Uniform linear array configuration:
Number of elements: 32
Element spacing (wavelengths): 1
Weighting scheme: binomial
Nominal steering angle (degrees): -30
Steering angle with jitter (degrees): -30.184
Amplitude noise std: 0.05
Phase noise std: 0.05

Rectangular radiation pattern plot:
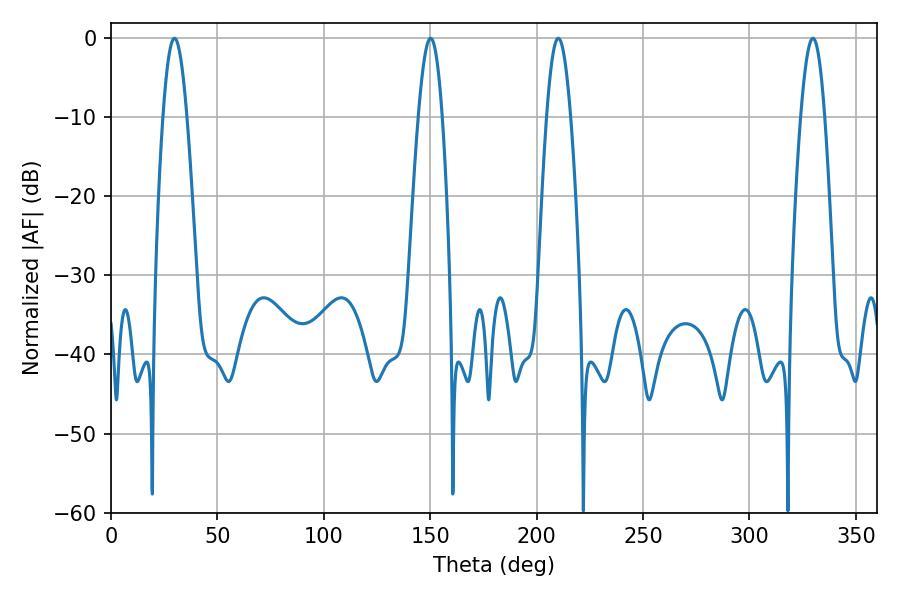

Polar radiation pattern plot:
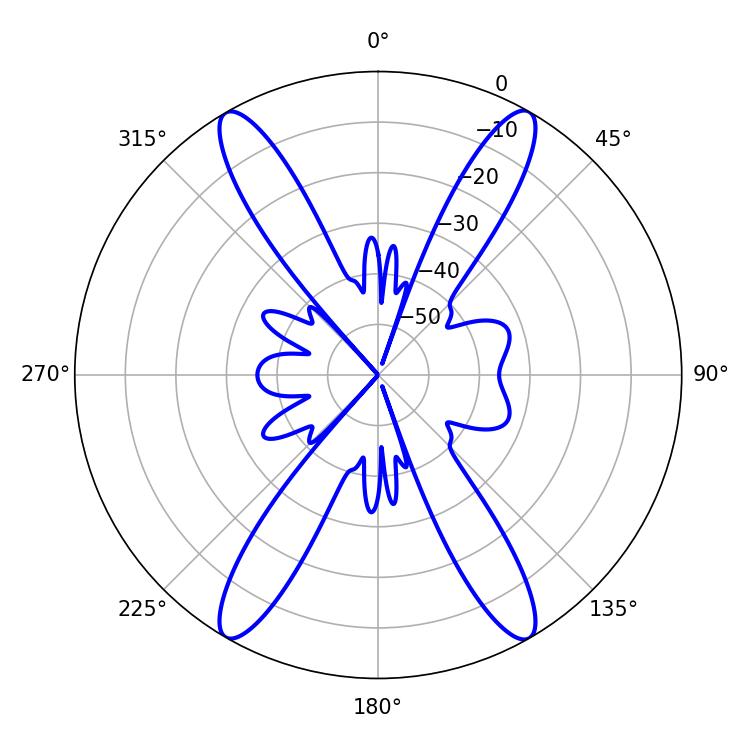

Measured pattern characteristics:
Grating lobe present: TRUE
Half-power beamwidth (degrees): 6.12
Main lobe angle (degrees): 29.88